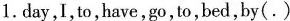
1.day,I,to,have,go,to, bed,by(.)